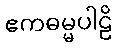
ဧကဓမ္မပါဠိ